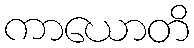
ကာယောတိ